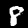
Digit: 8